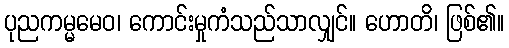
ပုညကမ္မမေဝ၊ ကောင်းမှုကံသည်သာလျှင်။ ဟောတိ၊ ဖြစ်၏။